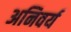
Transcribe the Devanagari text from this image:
अनिवर्य